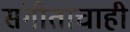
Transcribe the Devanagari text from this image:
संगीताचाही